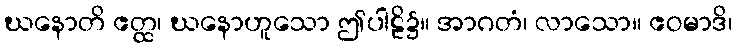
ဃနောတိ ဧတ္ထ၊ ဃနောဟူသော ဤပါဠိ၌။ အာဂတံ၊ လာသော။ ဧဝမာဒိ၊